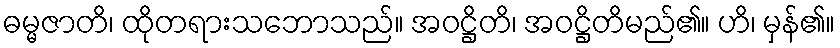
ဓမ္မဇာတိ၊ ထိုတရားသဘောသည်။ အဝဋ္ဌိတိ၊ အဝဋ္ဌိတိမည်၏။ ဟိ၊ မှန်၏။